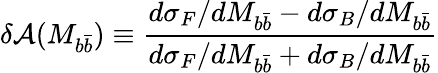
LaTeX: \delta{\cal A}(M_{b\bar{b}})\equiv\frac{d\sigma_{F}/dM_{b\bar{b}}-d\sigma_{B}/dM_{b\bar{b}}}{d\sigma_{F}/dM_{b\bar{b}}+d\sigma_{B}/dM_{b\bar{b}}}